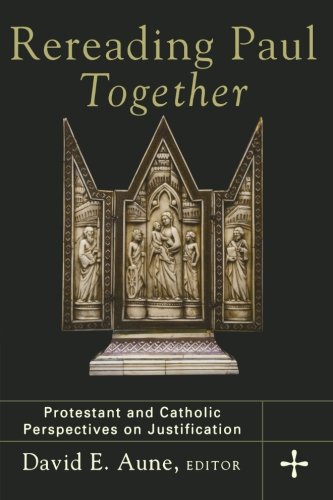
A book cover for Rereading Paul Together: Protestant and Catholic Perspectives on Justification; Christian Books & Bibles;